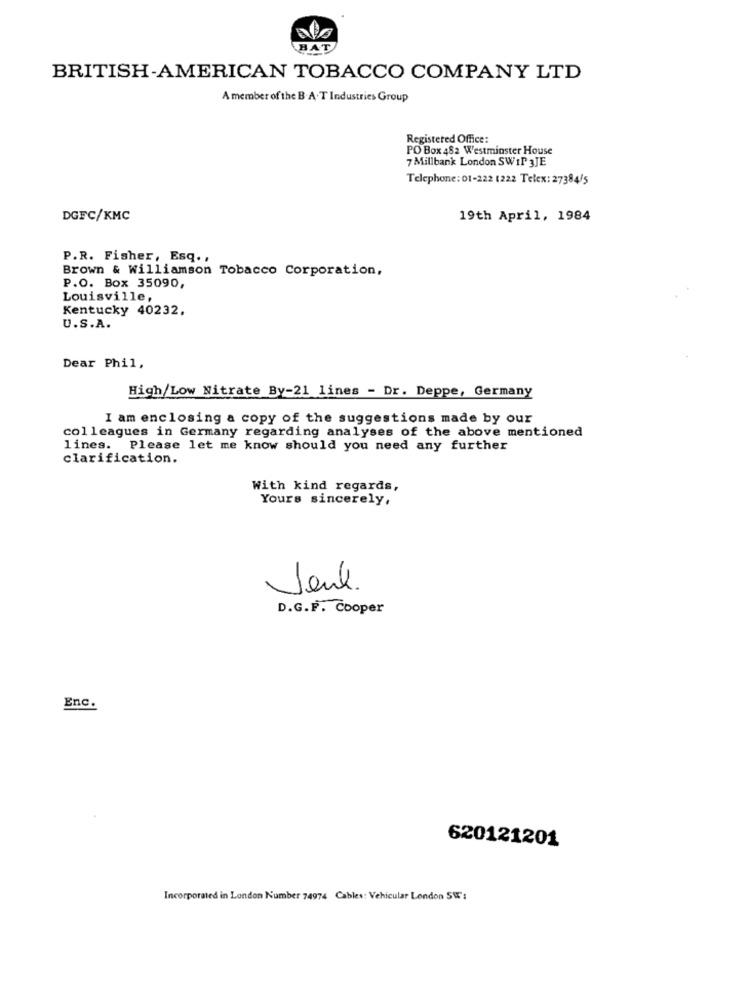
BAT
BRITISH-AMERICAN TOBACCO COMPANY LTD
A member of the B. A. T Industries Group
Registered Office:
PO Box 482 Westminster House
7 Millbank London SWIP 3JE
Telephone: 01-222 1222 Telex: 27384/5
DGFC/KMC
19th April, 1984
P.R. Fisher, Esq .,
Brown & Williamson Tobacco Corporation,
P.O. Box 35090,
Louisville,
Kentucky 40232.
U.S.A.
Dear Phil,
High/Low Nitrate By-21 lines - Dr. Deppe, Germany
I am enclosing a copy of the suggestions made by our
colleagues in Germany regarding analyses of the above mentioned
lines. Please let me know should you need any further
clarification.
With kind regards,
Yours sincerely,
Jeuk.
D.G.F. Cooper
Enc.
620121201
Incorporated in London Number 74974 Cables: Vehicular London SW :